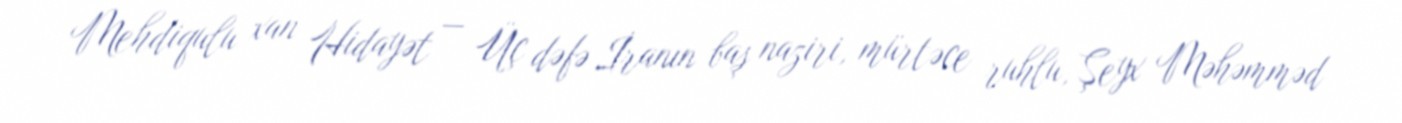
Mehdiqulu xan Hidayət — Üç dəfə İranın baş naziri, mürtəce ruhlu, Şeyx Məhəmməd